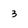
Character: 3